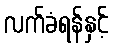
လက်ခံရန်နှင့်